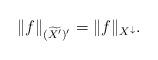
LaTeX: \begin{align*} \|f\|_{(\widetilde{X^{\prime}})^{\prime}} = \|f\|_{X^{\downarrow}}.\end{align*}